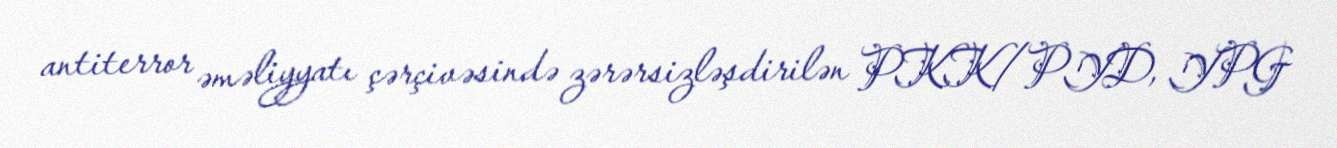
antiterror əməliyyatı çərçivəsində zərərsizləşdirilən PKK/PYD, YPG